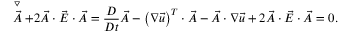
\stackrel { \triangledown } { \vec { A } } + 2 \vec { A } \cdot \vec { E } \cdot \vec { A } = \frac { D } { D t } \vec { A } - \left( \boldsymbol { \nabla } \vec { u } \right) ^ { T } \cdot \vec { A } - \vec { A } \cdot \boldsymbol { \nabla } \vec { u } + 2 \vec { A } \cdot \vec { E } \cdot \vec { A } = \boldsymbol { 0 } .